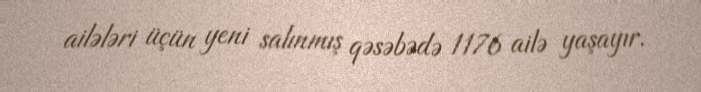
ailələri üçün yeni salınmış qəsəbədə 1176 ailə yaşayır.